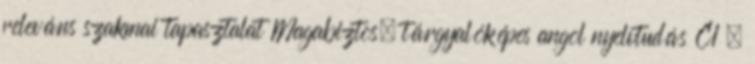
releváns szakmai tapasztalat Magabiztos, tárgyalóképes angol nyelvtudás C1 ,